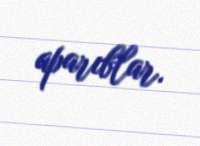
aparıblar.